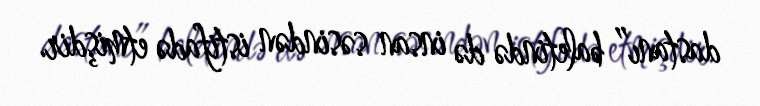
dastanı” baletində də insan səsindən istifadə etmişdir.